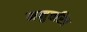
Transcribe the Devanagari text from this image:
मनुचरित्र